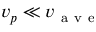
v _ { p } \ll v _ { \mathrm { ~ a ~ v ~ e ~ } }